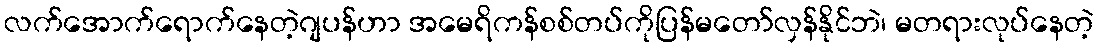
လက်အောက်ရောက်နေတဲ့ဂျပန်ဟာ အမေရိကန်စစ်တပ်ကိုပြန်မတော်လှန်နိုင်ဘဲ၊ မတရားလုပ်နေတဲ့